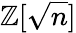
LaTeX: \mathbb{Z}[{\sqrt{n}}]